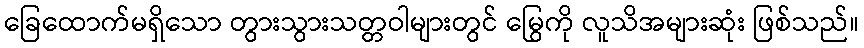
ခြေထောက်မရှိသော တွားသွားသတ္တဝါများတွင် မြွေကို လူသိအများဆုံး ဖြစ်သည်။